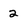
Character: 2